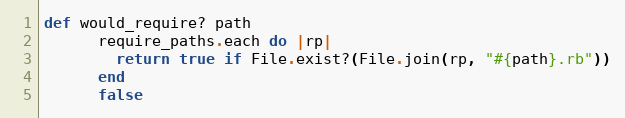
Language: Ruby
def would_require? path
      require_paths.each do |rp|
        return true if File.exist?(File.join(rp, "#{path}.rb"))
      end
      false